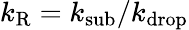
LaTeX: k_{\mathrm{R}}=k_{\mathrm{sub}}/k_{\mathrm{drop}}